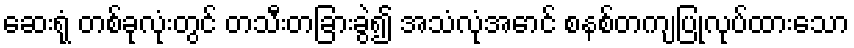
ဆေးရုံ တစ်ခုလုံးတွင် တသီးတခြားခွဲ၍ အသံလုံအောင် စနစ်တကျပြုလုပ်ထားသော